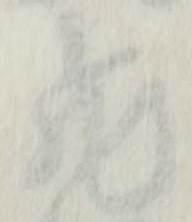
飛